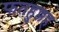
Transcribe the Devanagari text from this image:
फतहुल्लह